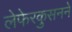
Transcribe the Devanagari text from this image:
लेफेरकुसनने